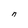
Character: n